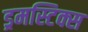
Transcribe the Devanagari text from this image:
ड्रमस्टिक्स